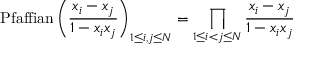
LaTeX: \mathrm { P f a f f i a n } \left( { \frac { x _ { i } - x _ { j } } { 1 - x _ { i } x _ { j } } } \right) _ { 1 \le i , j \le N } = \prod _ { 1 \le i < j \le N } { \frac { x _ { i } - x _ { j } } { 1 - x _ { i } x _ { j } } }